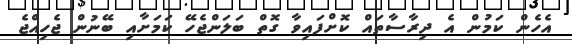
އެހެން ކަމުން އެ ދިރާސާތައް ކޮށްފައިވާ ގޮތް ބަލަންޖެހޭ ކަމަށާއި ބޭނުން ޖެހިއްޖެ